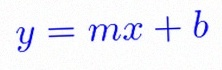
y=mx+b